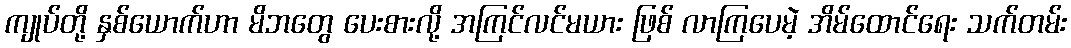
ကျုပ်တို့ နှစ်ယောက်ဟာ မိဘတွေ ပေးစားလို့ အကြင်လင်မယား ဖြစ် လာကြပေမဲ့ အိမ်ထောင်ရေး သက်တမ်း